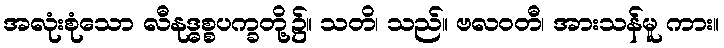
အလုံးစုံသော လီနုဒ္ဓစ္စပက္ခတို့၌။ သတိ၊ သည်။ ဗလဝတီ၊ အားသန်မူ ကား။